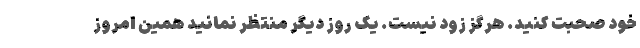
خود صحبت کنید. هرگز زود نیست. یک روز دیگر منتظر نمانید همین امروز